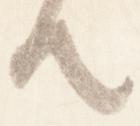
て